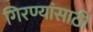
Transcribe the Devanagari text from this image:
गिरण्यांसाठी